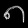
Digit: ၈